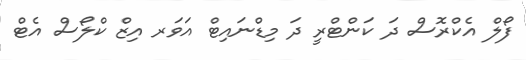
ފޯލް އެކްރޮސް ދަ ކަންޓްރީ ދަ މިޑްނައިޓް އަވަރ އިޒް ކްލޯސް އެޓް